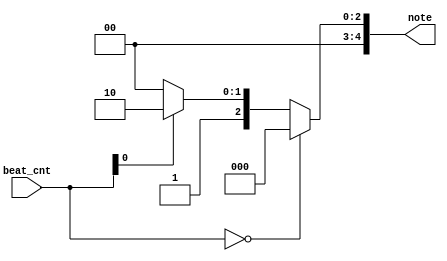
module Music_WAIT (
	input [32-1:0] beat_cnt,	
	output reg [5-1:0] note
);

    parameter [5-1:0] S = 5'd0;

    parameter [5-1:0] F4 = 5'd4;
    parameter [5-1:0] A4 = 5'd6;

    always @(*) begin
        if(beat_cnt == 32'b0)
            note = S;
        else begin
            if(beat_cnt[0] == 1'b0)
                note = F4;
            else
                note = A4;
        end
    end

endmodule